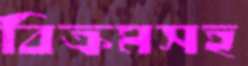
বিক্রমসহ